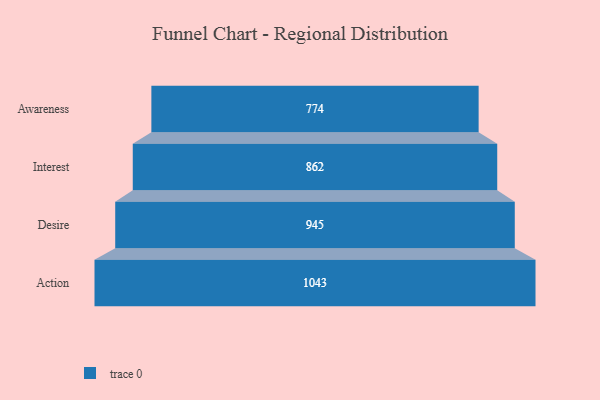
{"axis": {"x": "Stage", "y": "Value"}, "legend": [""], "data": [{"x": "Awareness", "y": 774.0, "type": ""}, {"x": "Interest", "y": 862.0, "type": ""}, {"x": "Desire", "y": 945.0, "type": ""}, {"x": "Action", "y": 1043.0, "type": ""}]}